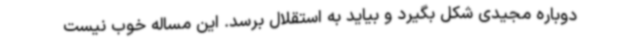
دوباره مجیدی شکل بگیرد و بیاید به استقلال برسد. این مساله خوب نیست